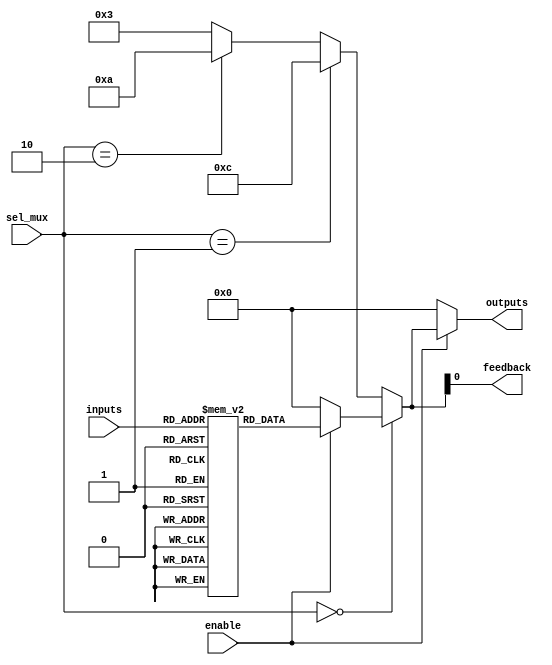
module CombinationalLogicBlock (
    input  wire [3:0] inputs,           // 4-bit Input Lines
    input  wire [1:0] sel_mux,          // Select signal for multiplexer
    input  wire enable,                  // Enable signal
    output wire [3:0] outputs,          // 4-bit Output Lines 
    output wire feedback                 // Feedback path output
);

    // Internal Signal Declarations
    wire [3:0] lut_output;               // LUT Output
    wire [3:0] mux_output;               // Multiplexer output
    reg  [3:0] lut [0:15];               // LUT truth table (16 entries for 4-bit input)
    
    // LUT Initialization (for Example Purpose)
    initial begin
        // Fill with arbitrary logic, for example:
        lut[0] = 4'b0000;
        lut[1] = 4'b0001;
        lut[2] = 4'b0010;
        lut[3] = 4'b0100;
        // Continue defining entries as needed
        lut[15] = 4'b1111; // Example last entry
    end
    
    // LUT functionality
    assign lut_output = enable ? lut[inputs] : 4'b0000; // If not enabled, output 0

    // Multiplexer Functionality
    assign mux_output = (sel_mux == 2'b00) ? lut_output :
                        (sel_mux == 2'b01) ? 4'b1100 : // Example fixed output
                        (sel_mux == 2'b10) ? 4'b1010 : // Another fixed output
                                             4'b0011; // Default output

    // Feedback path: passing some output back to the inputs (example)
    assign feedback = mux_output[0]; // Feedback only the LSB
    
    // Output Assignment
    assign outputs = enable ? mux_output : 4'b0000; // If not enabled, output 0

endmodule